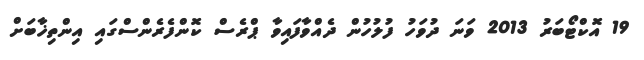
19 އޮކްޓޯބަރު 2013 ވަނަ ދުވަހު ފުލުހުން ދެއްވާފައިވާ ޕްރެސް ކޮންފެރެންސްގައި އިންތިޚާބަށް